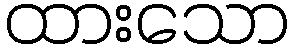
ထားသော